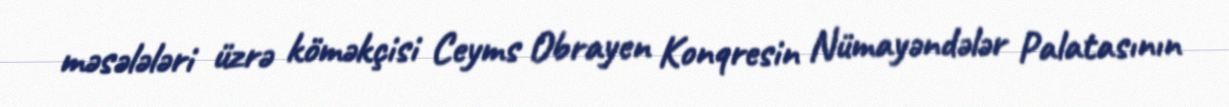
məsələləri üzrə köməkçisi Ceyms Obrayen Konqresin Nümayəndələr Palatasının